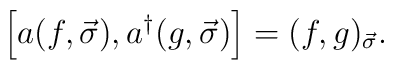
\left[a(f, \vec{\sigma}), a^{\dagger}(g, \vec{\sigma})\right] =(f, g)_{\vec{\sigma}}.